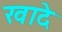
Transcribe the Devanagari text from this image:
खादे